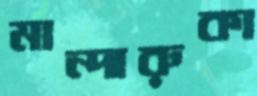
মান্দারুকা